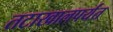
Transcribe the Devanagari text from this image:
तटाखालपर्यंत